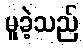
မူခဲ့သည်